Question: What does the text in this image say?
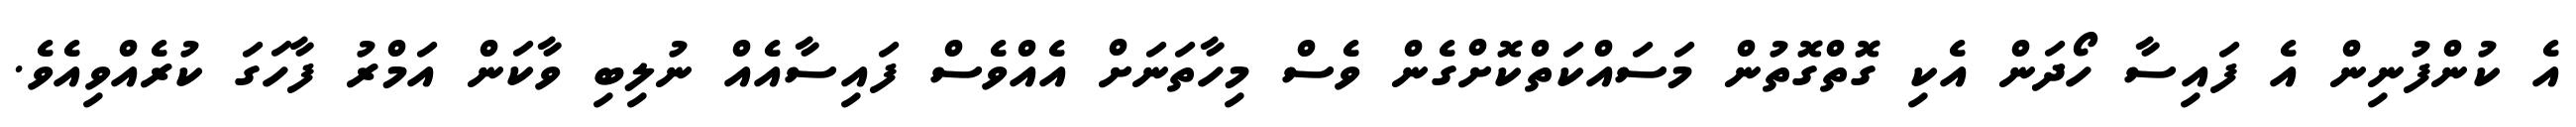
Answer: އެ ކުންފުނިން އެ ފައިސާ ހޯދަން އެކި ގޮތްގޮތުން މަސައްކަތްކޮށްގެން ވެސް މިހާތަނަށް އެއްވެސް ފައިސާއެއް ނުލިބި ވާކަން އަމްރު ފާހަގަ ކުރެއްވިއެވެ.